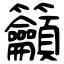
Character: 籲